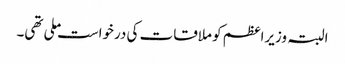
البتہ وزیراعظم کو ملاقات کی درخواست ملی تھی۔